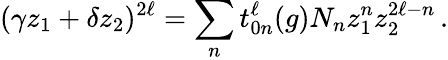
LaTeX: (\gamma z_{1}+\delta z_{2})^{2\ell}=\sum_{n}t_{0n}^{\ell}(g)N_{n}z_{1}^{n}z_{2}^{2\ell-n}\, .